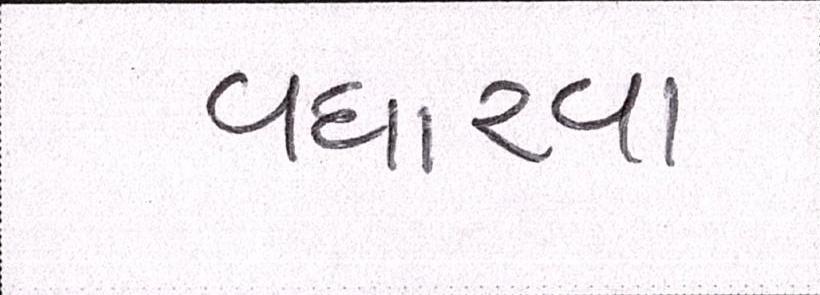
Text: વધારવા